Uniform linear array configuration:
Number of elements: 32
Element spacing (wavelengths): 1
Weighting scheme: blackman
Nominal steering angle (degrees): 60
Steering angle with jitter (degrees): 58.745
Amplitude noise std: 0.05
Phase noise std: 0.05

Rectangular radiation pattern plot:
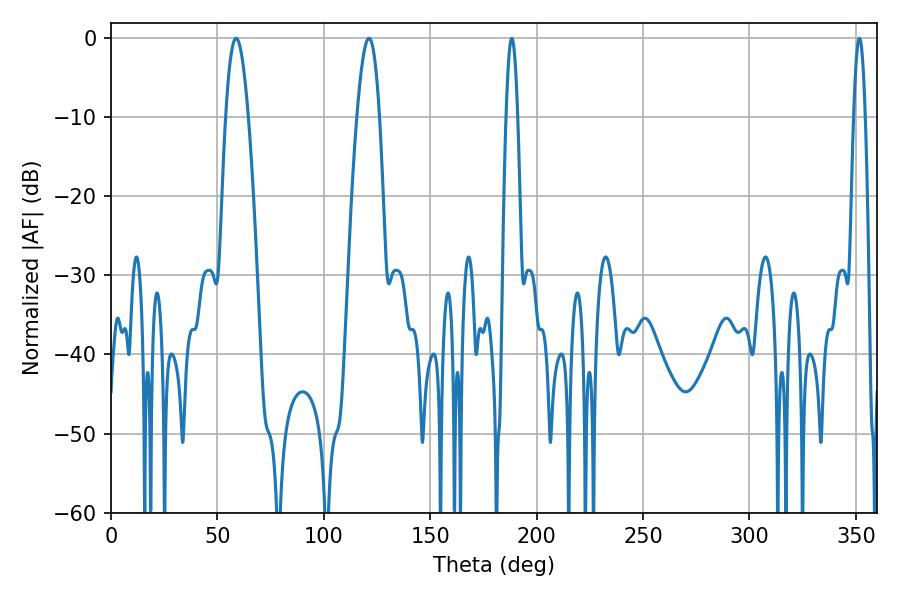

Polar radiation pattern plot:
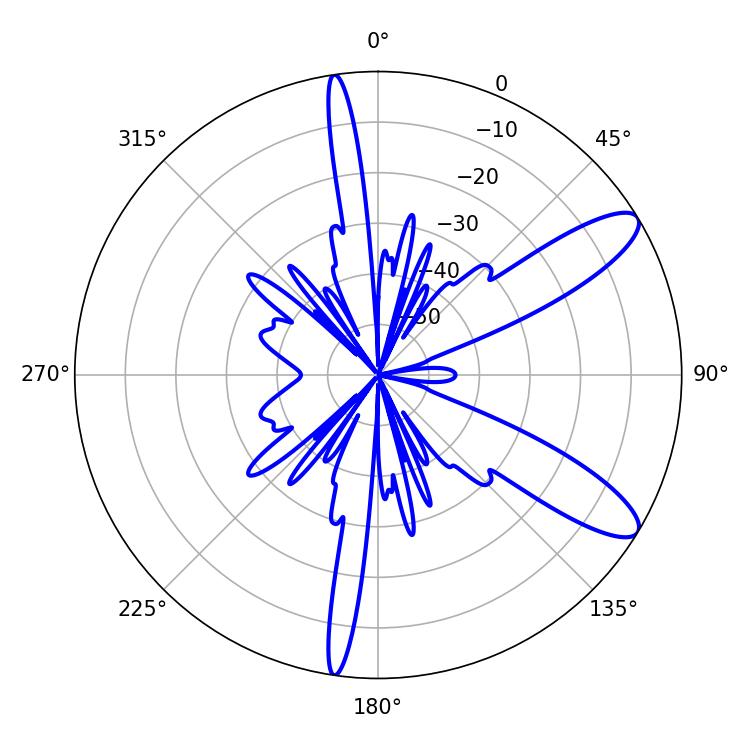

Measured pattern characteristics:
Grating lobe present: TRUE
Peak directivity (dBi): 10.669
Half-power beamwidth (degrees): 5.76
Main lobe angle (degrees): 58.86